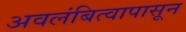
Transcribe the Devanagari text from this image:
अवलंबित्वापासून